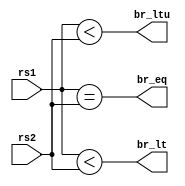
`timescale 1ns / 1ps

module branch_cond_gen(
    input [31:0] rs1,
    input [31:0] rs2,
    output br_eq,
    output br_lt,
    output br_ltu
    );
    
    assign br_eq = rs1 == rs2;
    assign br_lt = $signed(rs1) < $signed(rs2);
    assign br_ltu = rs1 < rs2;
    
endmodule